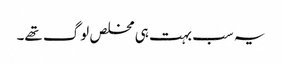
یہ سب بہت ہی مخلص لوگ تھے۔